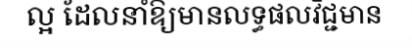
ល្អ ដែលនាំឱ្យមានលទ្ធផលវិជ្ជមាន